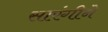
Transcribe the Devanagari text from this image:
सारंगीने